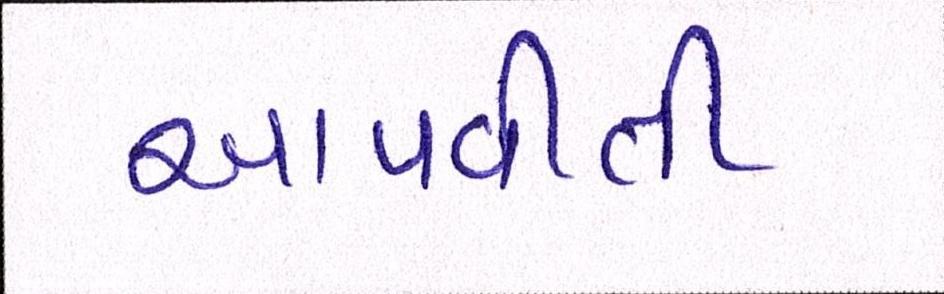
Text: આપવીતી